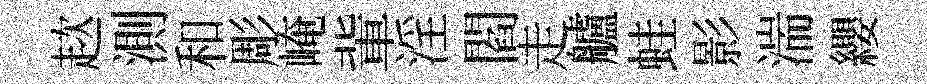
趑測和彫崦軰淫閻走艫蛙影湍纓